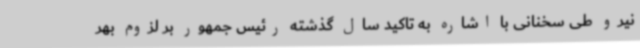
نیرو طی سخنانی با اشاره به تاکید سال گذشته رئیس جمهور بر لزوم بهر